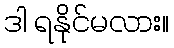
ဒါ ရနိုင်မလား။